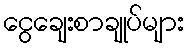
ငွေချေးစာချုပ်များ